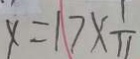
x = 1 7 \times \frac { 1 } { 1 1 }